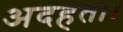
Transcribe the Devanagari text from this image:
अदहता।